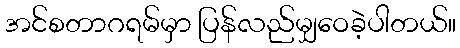
အင်စတာဂရမ်မှာ ပြန်လည်မျှဝေခဲ့ပါတယ်။